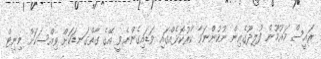
ރައީސް މައުމޫން ފުލިދޫގެއިން ނުކުންނަވާ ކާރުކޮޅެއްގައި ވަޑައިގެންނެވީ އޭގެ ގާތްގަނޑަކަށް ވިއްސަކަށް މިނިޓް